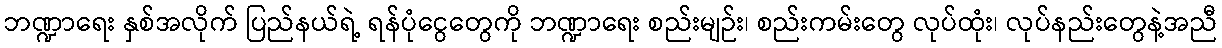
ဘဏ္ဍာရေး နှစ်အလိုက် ပြည်နယ်ရဲ့ ရန်ပုံငွေတွေကို ဘဏ္ဍာရေး စည်းမျဉ်း၊ စည်းကမ်းတွေ လုပ်ထုံး၊ လုပ်နည်းတွေနဲ့အညီ